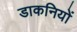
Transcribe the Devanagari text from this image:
डाकनियों